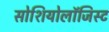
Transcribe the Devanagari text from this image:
सोशियोलॉजिस्ट